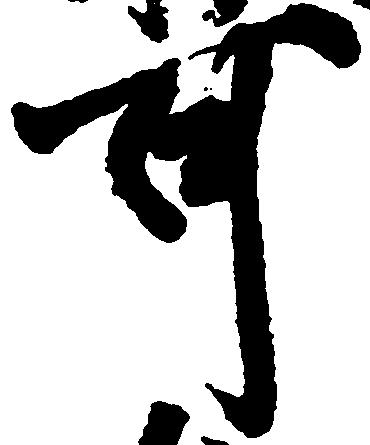
可